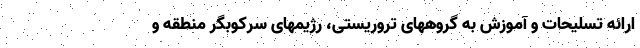
ارائه تسلیحات و آموزش به گروههای تروریستی، رژیمهای سرکوبگر منطقه و